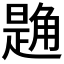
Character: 𧤘